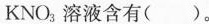
KNO_{3}溶液含有()。